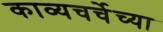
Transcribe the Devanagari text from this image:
काव्यचर्चेच्या